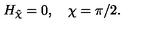
H _ { \hat { \chi } } = 0 , \quad \chi = \pi / 2 .